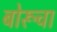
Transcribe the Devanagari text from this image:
बोरूचा